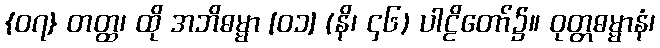
{၀၇} တတ္ထ၊ ထို အဘိဓမ္မာ [၀၁] (နိ၊ ၄၆) ပါဠိတော်၌။ ဝုတ္တဓမ္မာနံ၊